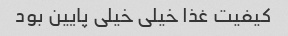
کیفیت غذا خیلی خیلی پایین بود